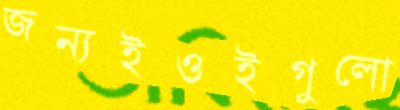
জন্যইওইগুলো